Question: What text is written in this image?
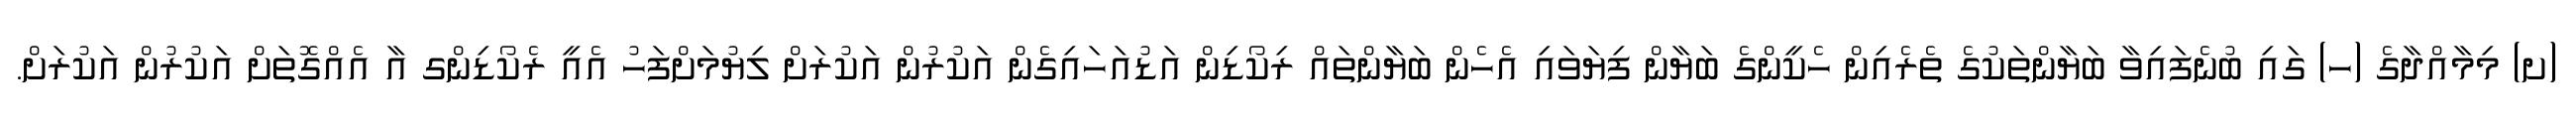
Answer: (ށ) މިމާއްދާގެ (ހ) ގައި ބުނެފައިވާ ބަޔާންތަކުގެ ތެރެއިން ހެކީންގެ ބަޔާން ފިޔަވައި އެހެން ބަޔާންތައް ރިކޯޑިން އަޑުއަހައިގެން އަކުރުން އަކުރަށް ލިޔުމަށްފަހު އެއީ ރެކޯޑިންގ އާ އެއްގޮތަށް އަކުރުން އަކުރަށް.